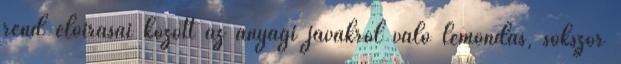
rend előírásai között az anyagi javakról való lemondás, sokszor